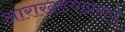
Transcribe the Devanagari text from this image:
आराखडयाप्रमाणे